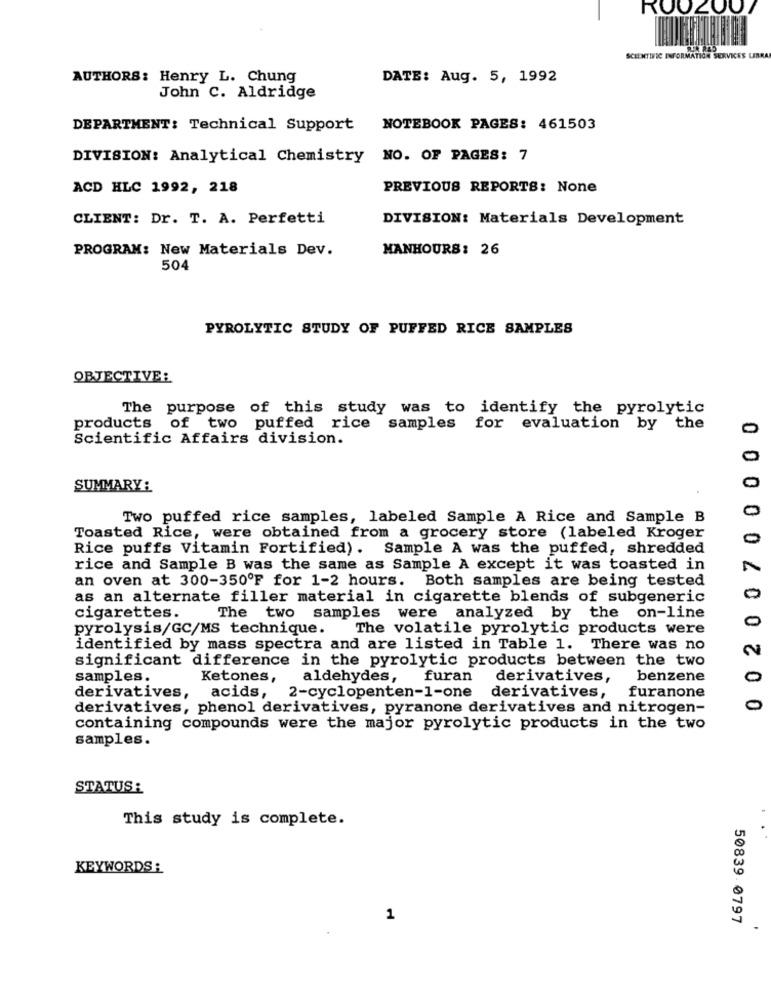
ROO2007
SCIENTIFIC INFORMATION SERVICES LIBRA
AUTHORS: Henry L. Chung
DATE: Aug. 5, 1992
John C. Aldridge
DEPARTMENT: Technical Support
NOTEBOOK PAGES: 461503
DIVISION: Analytical Chemistry NO. OF PAGES: 7
ACD HLC 1992, 218
PREVIOUS REPORTS: None
CLIENT: Dr. T. A. Perfetti
DIVISION: Materials Development
PROGRAM: New Materials Dev.
MANHOURS: 26
504
PYROLYTIC STUDY OF PUFFED RICE SAMPLES
OBJECTIVE:
The purpose of this study was to identify the pyrolytic
products of two puffed rice samples for evaluation by the
Scientific Affairs division.
SUMMARY :
000
0
Two puffed rice samples, labeled Sample A Rice and Sample B
Toasted Rice, were obtained from a grocery store (labeled Kroger
0
Rice puffs Vitamin Fortified). Sample A was the puffed, shredded
rice and Sample B was the same as Sample A except it was toasted in
an oven at 300-350ºF for 1-2 hours. Both samples are being tested
as an alternate filler material in cigarette blends of subgeneric
0
cigarettes.
The two samples were analyzed by the on-line
0
pyrolysis/GC/MS technique.
The volatile pyrolytic products were
identified by mass spectra and are listed in Table 1. There was no
2
significant difference in the pyrolytic products between the two
samples.
Ketones,
aldehydes,
furan
derivatives,
benzene
0
furanone
derivatives, acids,
2-cyclopenten-1-one derivatives,
derivatives, phenol derivatives, pyranone derivatives and nitrogen-
0
containing compounds were the major pyrolytic products in the two
samples.
STATUS:
This study is complete.
KEYWORDS :
1
50839 0797